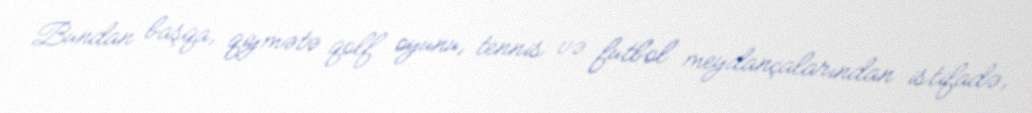
Bundan başqa, qiymətə qolf oyunu, tennis və futbol meydançalarından istifadə,